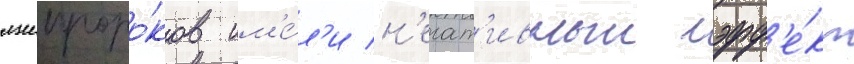
лжепроро́ков им'е́л'и н'егат'ивныи эфф'е́кт